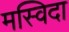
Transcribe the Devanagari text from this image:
मस्विदा